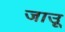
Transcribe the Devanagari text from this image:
जाउू